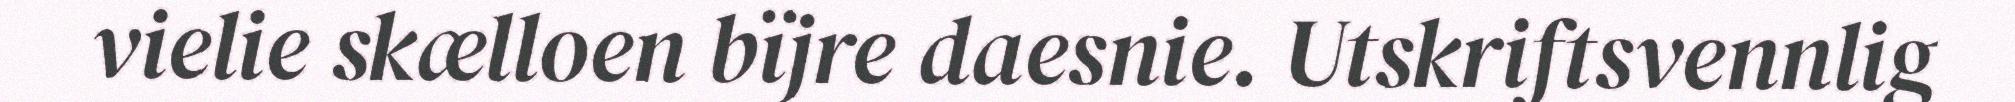
vielie skælloen bïjre daesnie. Utskriftsvennlig